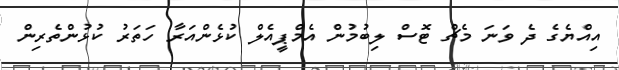
އިއްޔެގެ ދެ ވަނަ މެޗް ޓޮސް ލިބުމުން އެމްޕީއެލް ކުޅެންއަރާ ހަތަރު ކުޅުންތެރިން